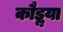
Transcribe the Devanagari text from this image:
कौडॢया